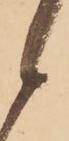
候